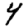
Digit: 4